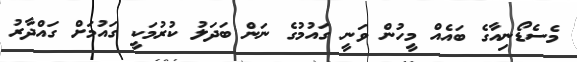
މެސެޑޯނިއާގެ ބައެއް މީހުން ވަނީ ގައުމުގެ ނަން ބަދަލު ކުރުމަކީ ގައުމަށް ގައްދާރު